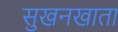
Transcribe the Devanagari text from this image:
सुखनखाता